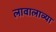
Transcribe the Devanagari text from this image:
लावालाव्या